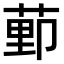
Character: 𫈩